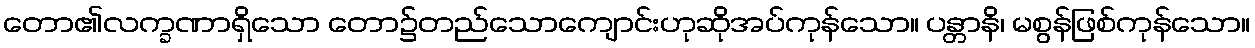
တော၏လက္ခဏာရှိသော တော၌တည်သောကျောင်းဟုဆိုအပ်ကုန်သော။ ပန္တာနိ၊ မစွန်ဖြစ်ကုန်သော။